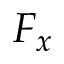
F _ { x }